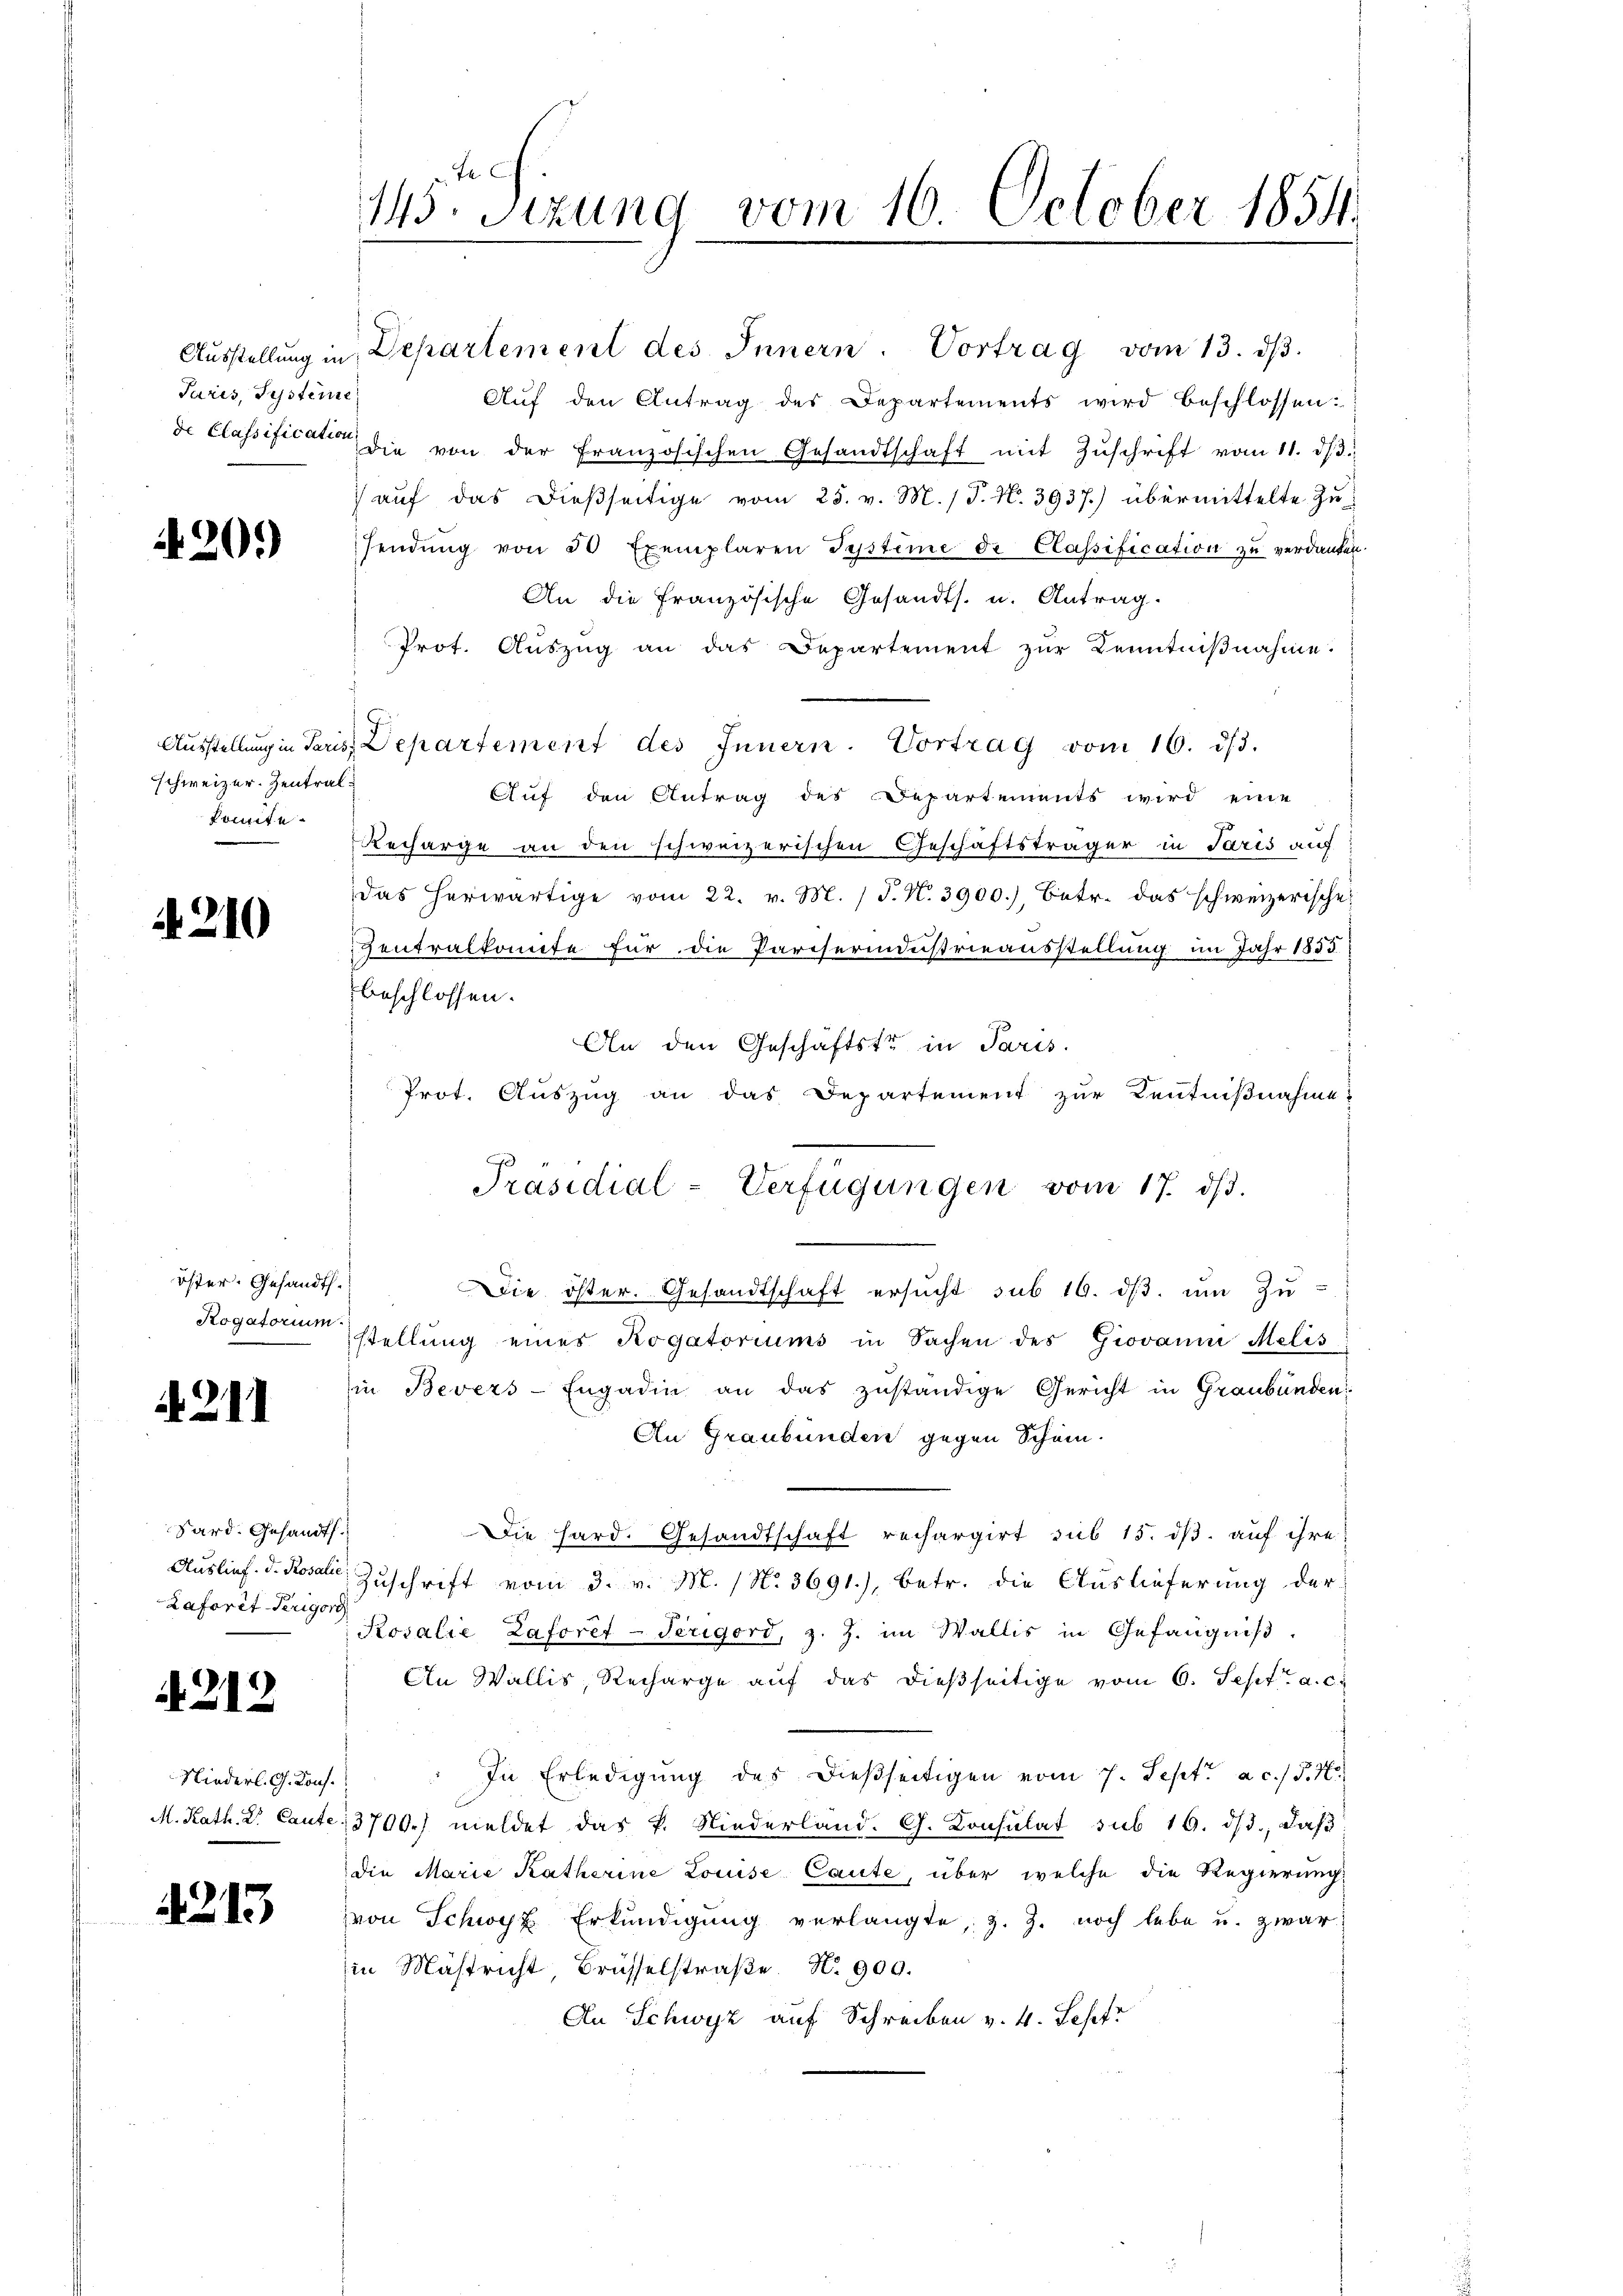
Juris, Systeme

20.)

schweizer. Zentralkonnte.

A 210

öster. Gesandt.
Rogatorium.

211

Sard. Gesandts.
Auslief. D. Rosalic
Laforet-Terigorg

A 212

Niederl. G. Kons.

4213

Aŭf den Antrag des Departements wird beschlossen.
de Classification die von der französischen Gesandtschaft mit Zŭschrift vom 11. dβ.
) auf das dießseitige vom 25. v. M. (T. N. 3937.) übermittelte Zusendŭng von 50 Exemplaren Systime de Classification zu verdanken.
An die französische Gesandts. u. Antrag.
Prot. Aŭszŭg an das Departement zŭr Kenntniβnahme.
Aŭsstellŭng in Paris Departement des Innern. Vortrag vom 16. dβ.
Auf den Antrag des Departements wird eine
Recharge an den schweizerischen Geschäftsträger in Paris auf
das herwärtige vom 22. v. M. / P. N. 3900.) Betr. das schweizerische
Zentralkomite für die Pariserindustrieausstellung im Jahr 1855
beschlossen:
An den Geschäftste in Paris.
Prot. Auszug an das Departement zur Kenntnißnahme
Die öster. Gesandtschaft ersŭcht sub 16. dβ. ŭm Zŭ-
stellung einer Rogatoriums in Sachen des Giovann Melis
in Bevers-Engadin an das zŭständige Gericht in Graubünden
An Graubünden gegen Schein.
Die Hard. Gesandtschaft rechargirt, sub 15. ds. auf ihre
Zuschrift vom 3. v. M. (N. 3691), betr. die Auslieferung der
Rosalie Laforet-Terigord, z. Z. im Wallis in Gefängniß.
An Wallis, Recharge auf das dießseitige vom 6. Sept. a. c.
In Erledigung des dießseitigen vom 7. Sept. a. c. J. M.
M. Kath. L. Caute 3700.) meldet das P. Niederland. G. Konsulat sub 16. ds., daß
die Marie Katherine Louise Caute, über welche die Regierung
von Schwyz Erkundigung verlangte, z. Z. noch lebe u. zwar:
in Mastricht Brüsselstraβe. No. 900.
An Schwyz auf Schreiben v. 4. Septr.

Fe
145. Sizung vom 16. October 1854.

Ausstellung in Departement des Innern. Vortrag vom 13. dβ.

Präsidial-Verfügungen vom 17. dβ.